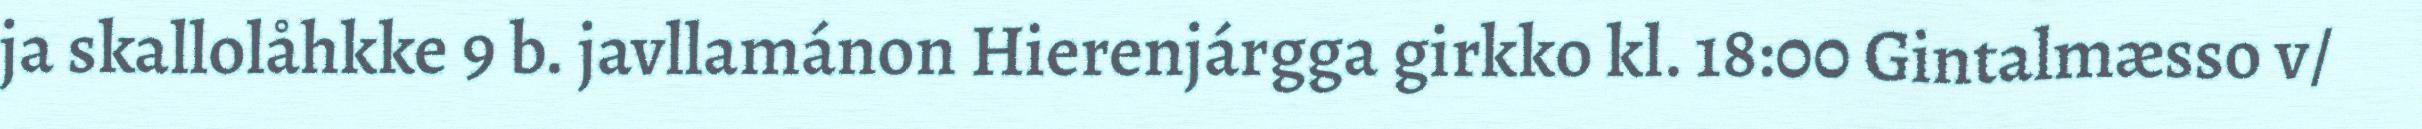
ja skallolåhkke 9 b. javllamánon Hierenjárgga girkko kl. 18:00 Gintalmæsso v/